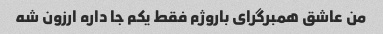
من عاشق همبرگرای باروژم فقط یکم جا داره ارزون شه